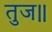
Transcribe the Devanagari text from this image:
तुज॥